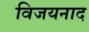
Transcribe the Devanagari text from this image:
विजयनाद